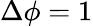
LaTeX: \Delta\phi=1